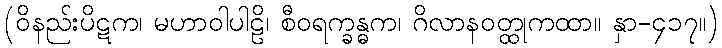
(ဝိနည်းပိဋက၊ မဟာဝါပါဠိ၊ စီဝရက္ခန္ဓက၊ ဂိလာနဝတ္ထုကထာ။ နှာ-၄၁၇။)